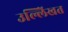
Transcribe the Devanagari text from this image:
उल्लेिखत